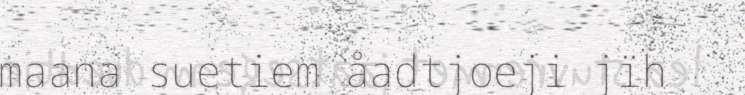
maana suetiem åadtjoeji jïh